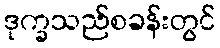
ဒုက္ခသည်စခန်းတွင်